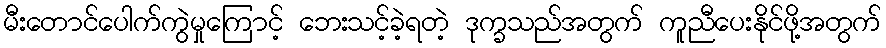
မီးတောင်ပေါက်ကွဲမှုကြောင့် ဘေးသင့်ခဲ့ရတဲ့ ဒုက္ခသည်အတွက် ကူညီပေးနိုင်ဖို့အတွက်